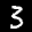
Label: 3